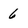
Character: 6